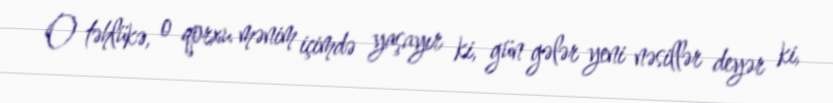
O təhlükə, o qorxu mənim içimdə yaşayır ki, gün gələr yeni nəsillər deyər ki,